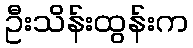
ဦးသိန်းထွန်းက